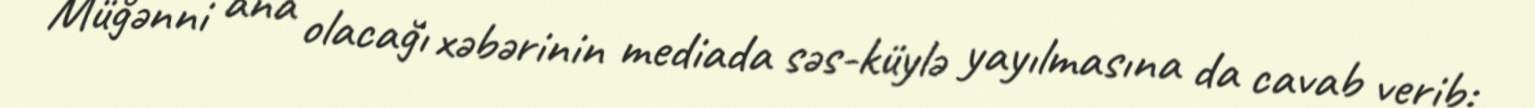
Müğənni ana olacağı xəbərinin mediada səs-küylə yayılmasına da cavab verib: